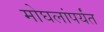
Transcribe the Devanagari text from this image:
मोघलांपर्यंत